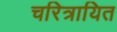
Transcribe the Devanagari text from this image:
चरित्रायित